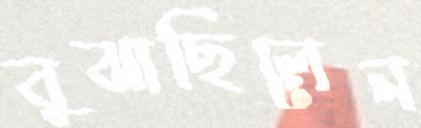
বুঝাছিলেন